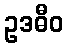
ဥဒဓီဝ